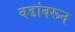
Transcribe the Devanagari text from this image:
वडांवरून